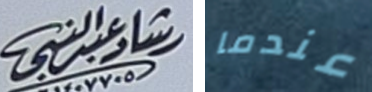
رشادعبدالنبي عندما